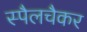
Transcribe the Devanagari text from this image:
स्पैलचैकर